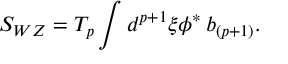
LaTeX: S _ { W Z } = T _ { p } \int d ^ { p + 1 } \xi \phi ^ { * } \, b _ { ( p + 1 ) } .